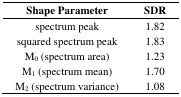
<table><thead><tr><td><b>Shape Parameter</b></td><td><b>SDR</b></td></tr></thead><tbody><tr><td>spectrum peak</td><td>1.82</td></tr><tr><td>squared spectrum peak</td><td>1.83</td></tr><tr><td>M<sub>0</sub> (spectrum area)</td><td>1.23</td></tr><tr><td>M<sub>1</sub> (spectrum mean)</td><td>1.70</td></tr><tr><td>M<sub>2</sub> (spectrum variance)</td><td>1.08</td></tr></tbody></table>